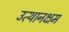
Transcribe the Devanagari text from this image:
उत्थानक्षम